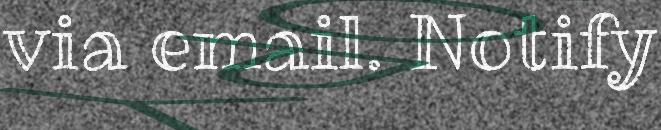
via email. Notify